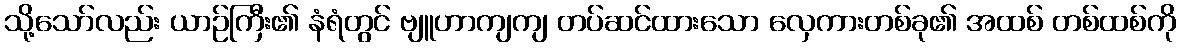
သို့သော်လည်း ယာဉ်ကြီး၏ နံရံတွင် ဗျူဟာကျကျ တပ်ဆင်ထားသော လှေကားတစ်ခု၏ အထစ် တစ်ထစ်ကို